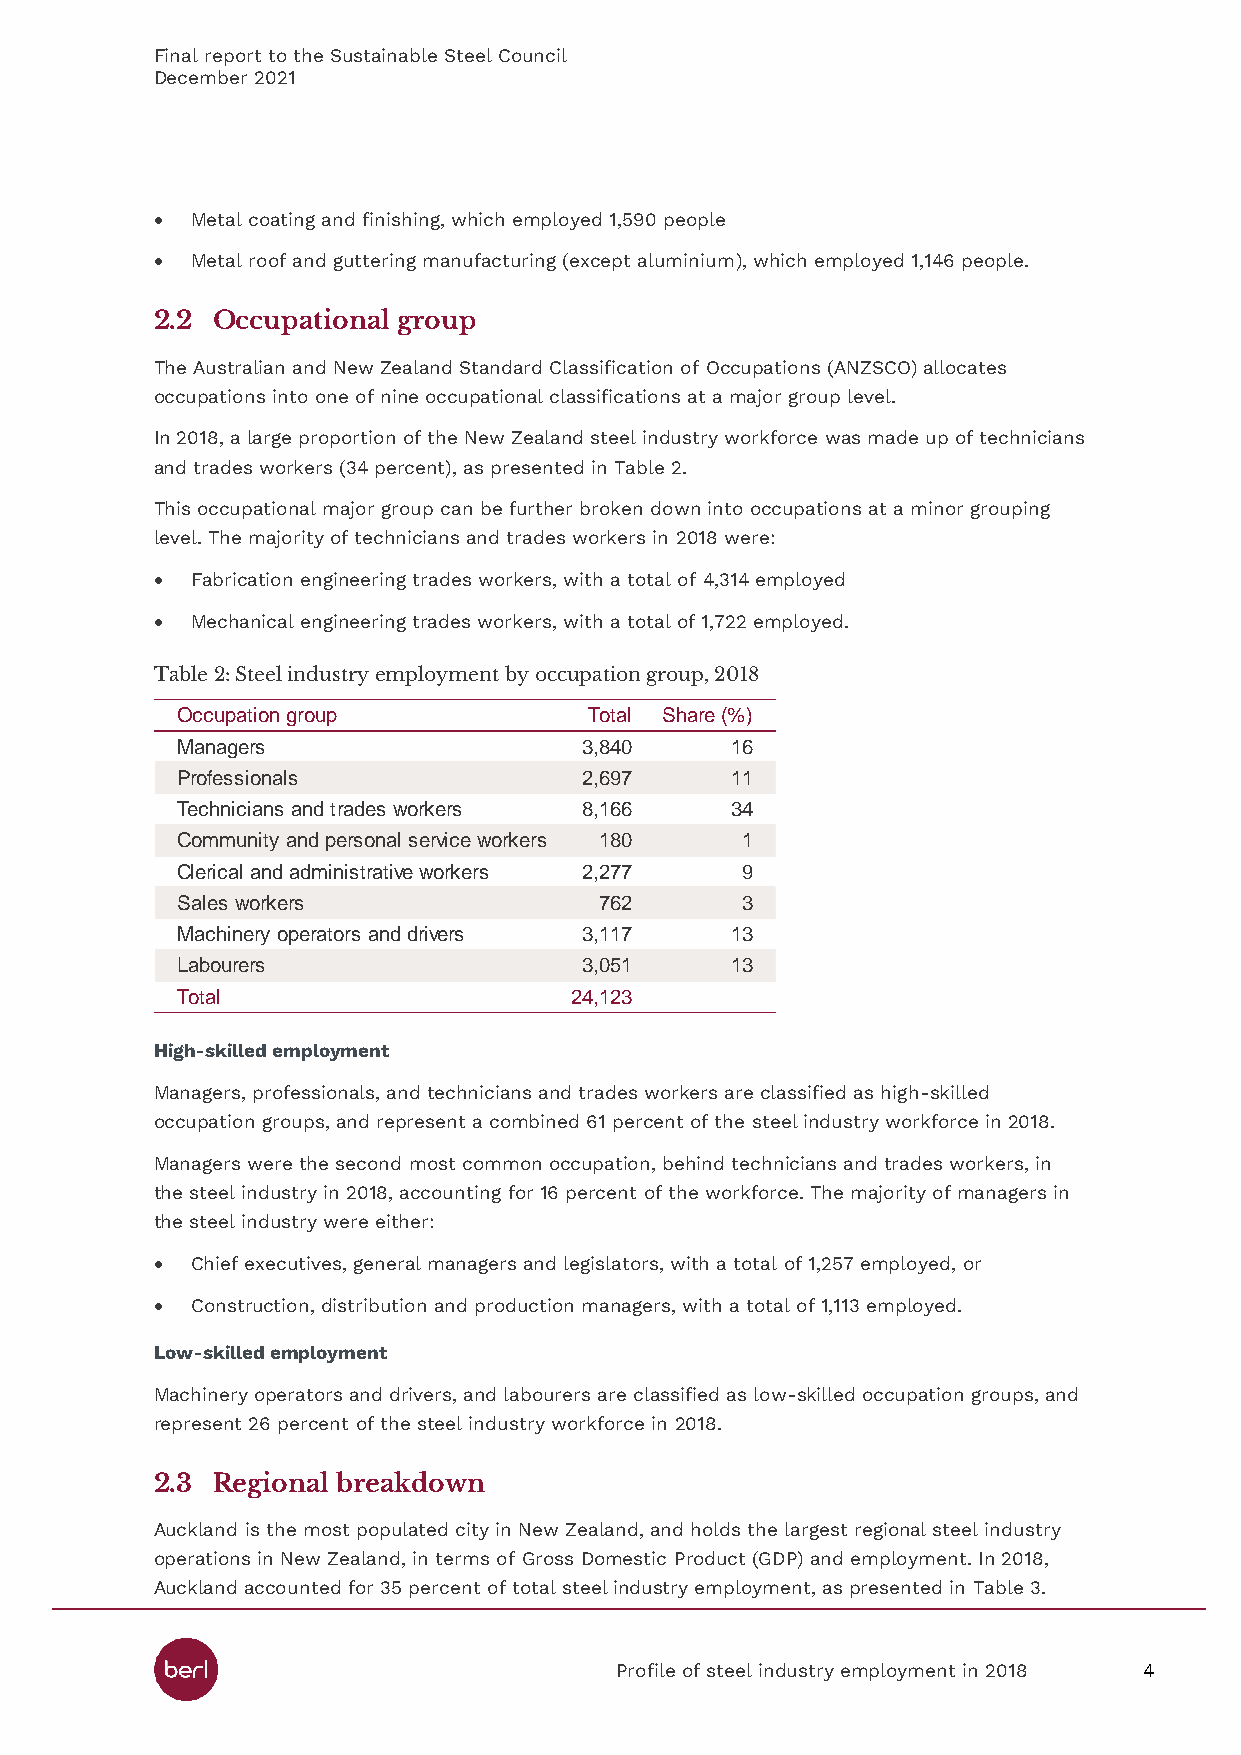
Final report to the Sustainable Steel Council
 December 2021
   Metal coating and finishing, which employed 1,590 people
   Metal roof and guttering manufacturing (except aluminium), which employed 1,146 people.
 2.2 Occupational group
 The Australian and New Zealand Standard Classification of Occupations (ANZSCO) allocates
 occupations into one of nine occupational classifications at a major group level.
 In 2018, a large proportion of the New Zealand steel industry workforce was made up of technicians
 and trades workers (34 percent), as presented in Table 2.
 This occupational major group can be further broken down into occupations at a minor grouping
 level. The majority of technicians and trades workers in 2018 were:
   Fabrication engineering trades workers, with a total of 4,314 employed
   Mechanical engineering trades workers, with a total of 1,722 employed.
 Table 2: Steel industry employment by occupation group, 2018
 High-skilled employment
 Managers, professionals, and technicians and trades workers are classified as high-skilled
 occupation groups, and represent a combined 61 percent of the steel industry workforce in 2018.
 Managers were the second most common occupation, behind technicians and trades workers, in
 the steel industry in 2018, accounting for 16 percent of the workforce. The majority of managers in
 the steel industry were either:
   Chief executives, general managers and legislators, with a total of 1,257 employed, or
   Construction, distribution and production managers, with a total of 1,113 employed.
 Low-skilled employment
 Machinery operators and drivers, and labourers are classified as low-skilled occupation groups, and
 represent 26 percent of the steel industry workforce in 2018.
 2.3 Regional breakdown
 Auckland is the most populated city in New Zealand, and holds the largest regional steel industry
 operations in New Zealand, in terms of Gross Domestic Product (GDP) and employment. In 2018,
 Auckland accounted for 35 percent of total steel industry employment, as presented in Table 3.
 Profile of steel industry employment in 2018 4
 O
 M
 P
 T
 C
 C
 S
 M
 L
 T
 c c u p a tio n g ro u p
 a n a g e rs
 ro fe s s io n a ls
 e c h n ic ia n s a n d tra d e s w o rk e
 o m m u n ity a n d p e rs o n a l s e rv
 le ric a l a n d a d m in is tra tiv e w o
 a le s w o rk e rs
 a c h in e ry o p e ra to rs a n d d riv e
 a b o u re rs
 o ta l
 rs
 ic e
 rk e
 rs
 w
 rs
 o rk e rs
 2
 T o
 3 ,8
 2 ,6
 8 ,1
 1
 2 ,2
 7
 3 ,1
 3 ,0
 4 ,1
 ta l
 4 0
 9 7
 6 6
 8 0
 7 7
 6 2
 1 7
 5 1
 2 3
 S h a re (%
 1
 1
 3
 1
 1
 )
 6
 1
 4
 1
 9
 3
 3
 3